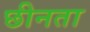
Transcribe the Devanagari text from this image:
छीनता